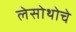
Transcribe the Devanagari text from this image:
लेसोथोचे